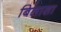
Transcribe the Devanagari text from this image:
बिलासा